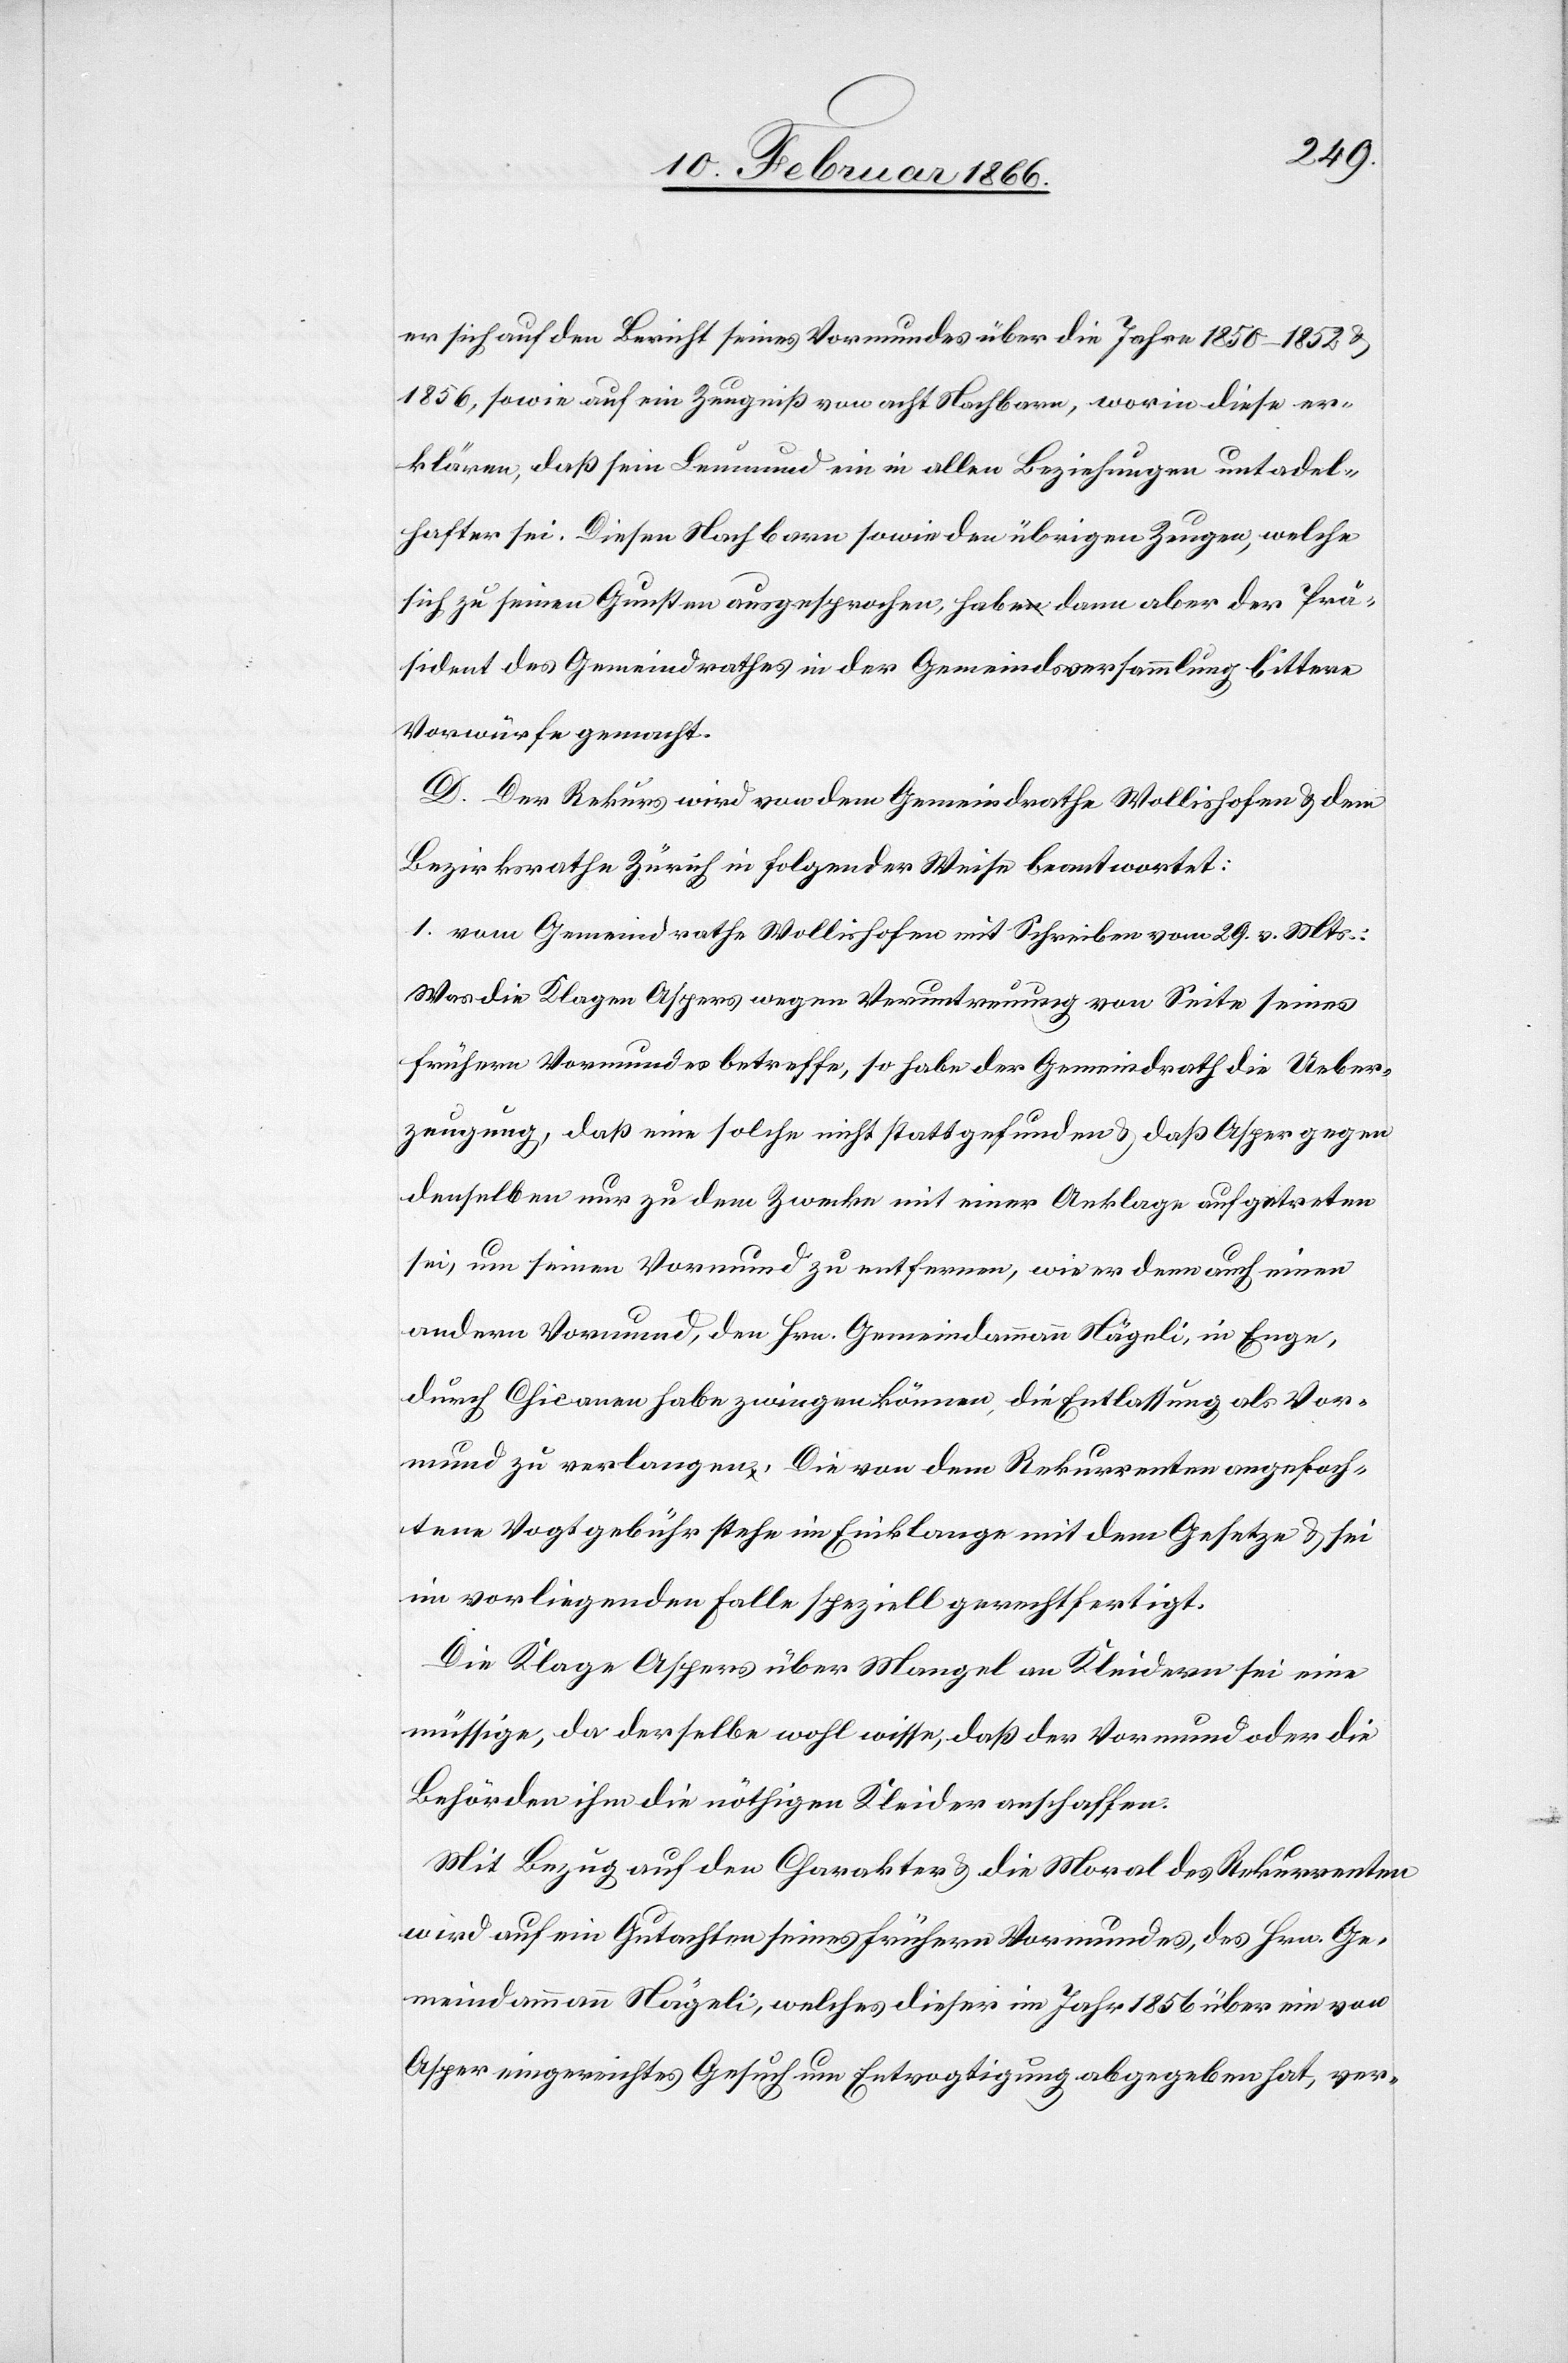
er sich auf den Bericht seines Vormundes über die Jahre 1850–1862 u.
1856, sowie auf ein Zeugniß von acht Nachbarn, worin diese er¬
klären, daß sein Leumund ein in allen Beziehungen untadel¬
hafter sei. Diesen Nachbarn sowie den übrigen Zeugen, welche
sich zu seinen Gunsten ausgesprochen, habe dann aber der Prä¬
sident des Gemeindrathes in der Gemeindsversammlung bittere
Vorwürfe gemacht.
D. Der Rekurs wird von dem Gemeindrathe Wollishofen u. dem
Bezirksrathe Zürich in folgender Weise beantwortet:
1. vom Gemeindrathe Wollishofen mit Schreiben vom 28. v. Mts.:
Was die Klage Aspers wegen Veruntreuung von Seite seines
frühern Vormundes betreffe, so habe der Gemeindrath die Ueber¬
zeugung, daß eine solche nicht stattgefunden u. daß Asper gegen
denselben nur zu dem Zwecke mit einer Anklage aufgetreten
sei, um seinen Vormund zu entfernen, wie er denn auch einen
andern Vormund, den Hrn. Gemeindammann Nägeli, in Enge,
durch Chicanen habe zwingen können, die Entlassung als Vor¬
mund zu verlangen. Die von dem Rekurrenten angefoch¬
tene Vogtgebühr stehe in Einklang mit dem Gesetze u. sei
im vorliegenden Falle speziell gerechtfertigt.
Die Klage Aspers über Mangel an Kleidern sei eine
müssige, da derselbe wohl wisse, daß der Vormund oder die
Behörden ihm die nöthigen Kleider anschaffen.
Mit Bezug auf den Charakter u. die Moral des Rekurrenten
wird auf ein Gutachten seines frühern Vormundes, des Hrn. Ge¬
meindammann Nägeli, welches dieser im Jahr 1856 über ein von
Asper eingereichtes Gesuch um Entvogtigung abgegeben hat, ver-